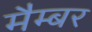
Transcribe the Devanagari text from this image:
मैम्बर